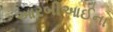
આરબીઆઈના